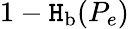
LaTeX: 1-\operatorname{\mathtt{H}}_{\mathrm{{b}}}(P_{e})